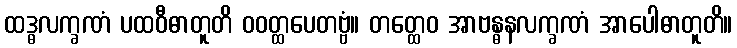
ထဒ္ဓလက္ခဏံ ပထဝီဓာတူတိ ဝဝတ္ထပေတဗ္ဗံ။ တတ္ထေဝ အာဗန္ဓနလက္ခဏံ အာပေါဓာတူတိ။